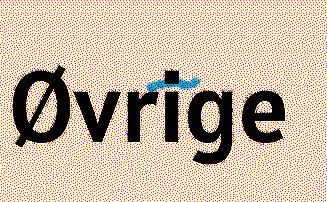
Øvrige